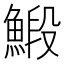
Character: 𩹨